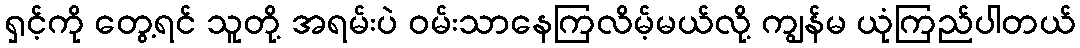
ရှင့်ကို တွေ့ရင် သူတို့ အရမ်းပဲ ဝမ်းသာနေကြလိမ့်မယ်လို့ ကျွန်မ ယုံကြည်ပါတယ်